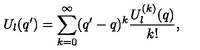
U _ { l } ( q ^ { \prime } ) = \sum _ { k = 0 } ^ { \infty } ( q ^ { \prime } - q ) ^ { k } \frac { U _ { l } ^ { ( k ) } ( q ) } { k ! } ,